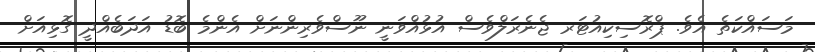
މަސައްކަތެ އެވެ. ޕްރޮސިކިއުޓަރ ޖެނެރަލްވެސް އުޅުއްވަނީ ނޫސްވެރިންނަށް އެންމެ ބޮޑު އަދަބެއްދީ ގޮޅިއަށް